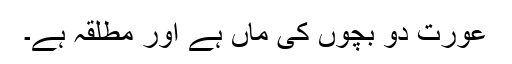
عورت دو بچوں کی ماں ہے اور مطلقہ ہے۔